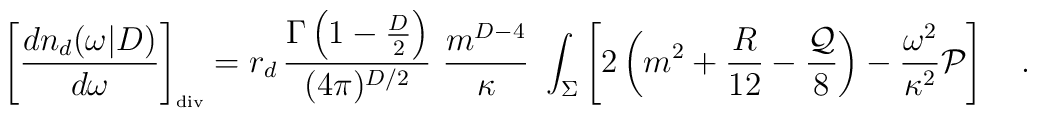
\left[{dn_d(\omega|D) \over d\omega}\right]_{\tiny\mbox{div}}=r_d\, {\Gamma\left(1-\frac D2\right) \over (4\pi)^{D/2}}\,\, {m^{D-4} \over \kappa}\,\, \int_{\Sigma}\left[2\left(m^2+{R\over 12} -{{\cal Q} \over 8}\right)-{\omega^2\over \kappa^2}{\cal P}\right]~~~.